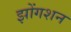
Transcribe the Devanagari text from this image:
झोंगशन